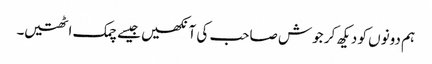
ہم دونوں کو دیکھ کر جوش صاحب کی آنکھیں جیسے چمک اٹھتیں۔